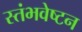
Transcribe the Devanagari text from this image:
स्तंभवेष्टन